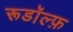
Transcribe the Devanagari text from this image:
रूडॉल्फ़